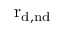
\mathrm { r _ { d , n d } }